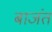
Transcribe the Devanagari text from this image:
बाजंत